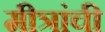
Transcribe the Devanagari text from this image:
मीत्रांची